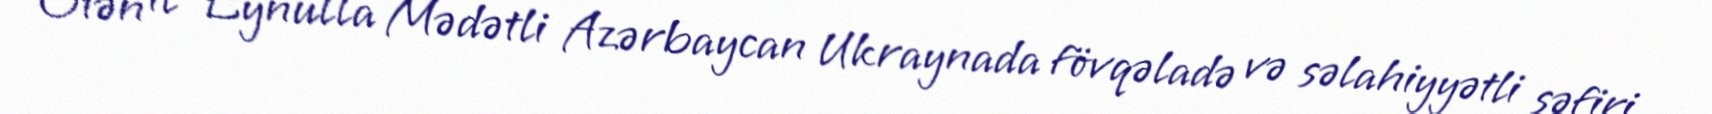
Ötən il Eynulla Mədətli Azərbaycan Ukraynada fövqəladə və səlahiyyətli səfiri